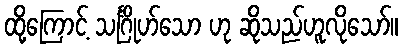
ထို့ကြောင့် သင်္ဂြိုဟ်သော ဟု ဆိုသည်ဟူလိုသော်။